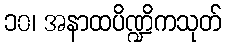
၁၀၊ အနာထပိဏ္ဍိကသုတ်